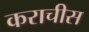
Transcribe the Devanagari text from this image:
कराचीस